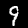
Label: 9